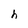
Character: h